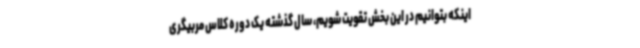
اینکه بتوانیم در این بخش تقویت شویم، سال گذشته یک دوره کلاس مربیگری